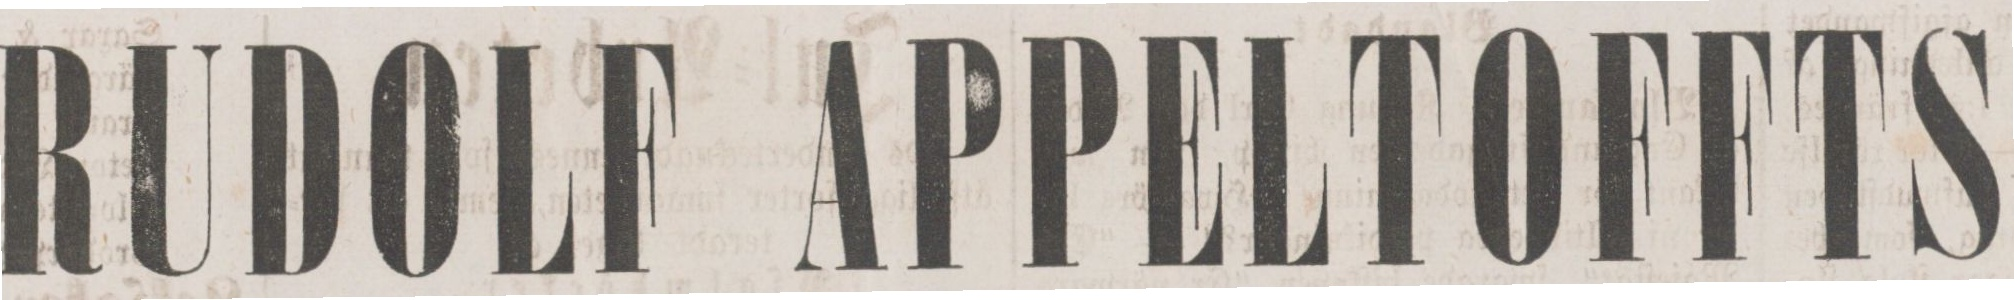
RUDOLF APPELTOFFTS